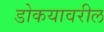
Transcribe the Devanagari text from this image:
डोकयावरील